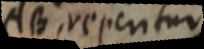
AB, repentur